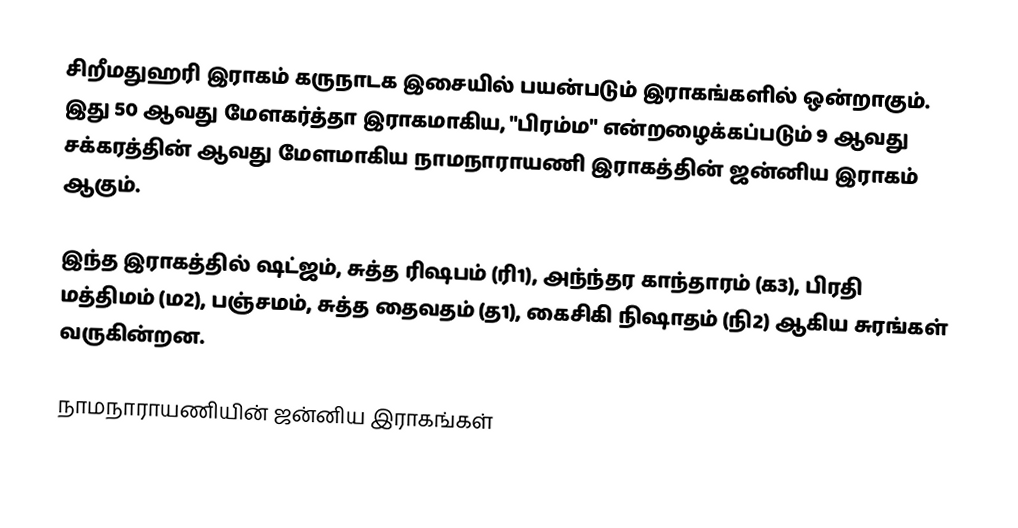
சிறீமதுஹரி இராகம் கருநாடக இசையில் பயன்படும் இராகங்களில் ஒன்றாகும். இது 50 ஆவது மேளகர்த்தா இராகமாகிய, "பிரம்ம" என்றழைக்கப்படும் 9 ஆவது சக்கரத்தின் ஆவது மேளமாகிய நாமநாராயணி இராகத்தின் ஜன்னிய இராகம் ஆகும்.

இந்த இராகத்தில் ஷட்ஜம், சுத்த ரிஷபம் (ரி1),  அந்ந்தர காந்தாரம் (க3), பிரதி மத்திமம் (ம2), பஞ்சமம்,  சுத்த தைவதம் (த1), கைசிகி நிஷாதம்  (நி2) ஆகிய சுரங்கள் வருகின்றன.

நாமநாராயணியின் ஜன்னிய இராகங்கள்